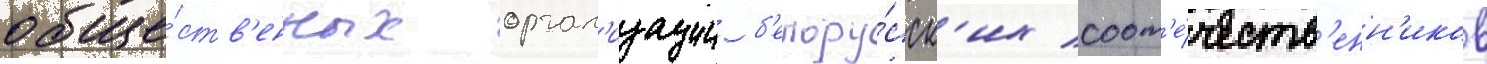
обще́ств'енных орган'изации б'елору́сск'их соот'е́честв'енн'иков